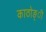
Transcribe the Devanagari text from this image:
काठोङ्ी